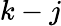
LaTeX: k-j